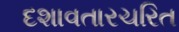
દશાવતારચરિત